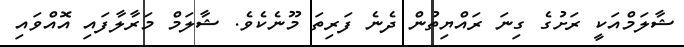
ޝާލަމްއަކީ ރަށުގެ ގިނަ ރައްޔިތުން ދެނެ ފަރިތަ މޫނެކެވެ. ޝާލަމް މަރާލާފައި އޮއްވައި